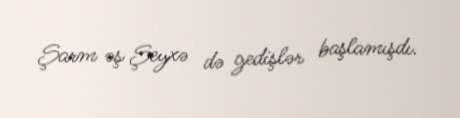
Şarm əş Şeyxə də gedişlər başlamışdı.